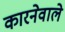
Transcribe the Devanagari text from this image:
कारनेवाले